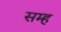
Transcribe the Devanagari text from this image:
सम्ह